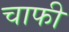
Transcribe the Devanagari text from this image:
चाफी